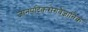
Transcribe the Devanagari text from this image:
जानपदिकरोगवैज्ञानिक